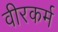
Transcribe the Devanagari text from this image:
वीरकर्म